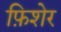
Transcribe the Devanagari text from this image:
फ़िशेर